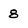
Character: 8